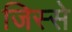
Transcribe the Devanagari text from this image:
जिस्‍से